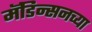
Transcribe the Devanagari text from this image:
मॅडिन्सनच्या